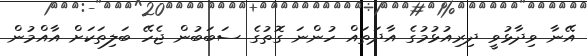
އޭނާ ވިދާޅުވީ ދިރިއުޅުމުގެ އާދަތައް ހުންނަ ގޮތުގެ ސަބަބުން ޖެހޭ ބަލިތަކަށް އާއްމުން